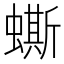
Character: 蟖